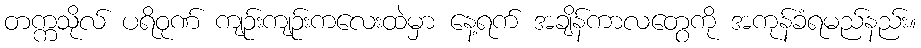
တက္ကသိုလ် ပရိဝုဏ် ကျဉ်းကျဉ်းကလေးထဲမှာ နေ့ရက် အချိန်ကာလတွေကို အကုန်ခံရမည်နည်း။